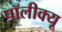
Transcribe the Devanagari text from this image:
पॉलीक्यू